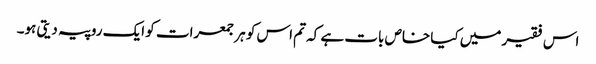
اس فقیر میں کیا خاص بات ہے کہ تم اس کو ہر جمعرات کو ایک روپیہ دیتی ہو۔